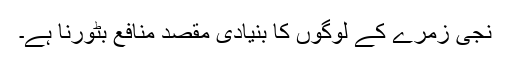
نجی زمرے کے لوگوں کا بنیادی مقصد منافع بٹورنا ہے۔